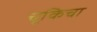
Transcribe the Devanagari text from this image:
चूकिचा